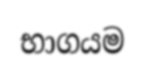
භාගයම